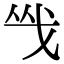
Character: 㦰